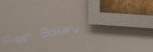
Fresh Bakery